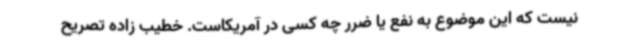
نیست که این موضوع به نفع یا ضرر چه کسی در آمریکاست. خطیب زاده تصریح